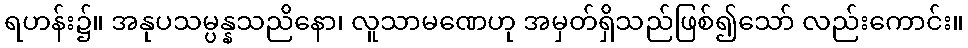
ရဟန်း၌။ အနုပသမ္ပန္နသညိနော၊ လူသာမဏေဟု အမှတ်ရှိသည်ဖြစ်၍သော် လည်းကောင်း။